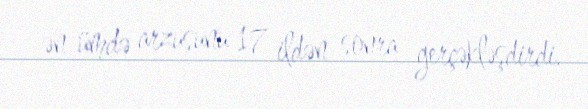
ən ümdə arzusunu 17 ildən sonra gerçəkləşdirdi.